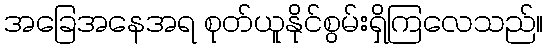
အခြေအနေအရ စုတ်ယူနိုင်စွမ်းရှိကြလေသည်။